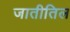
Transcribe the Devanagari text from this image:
जातीतिल